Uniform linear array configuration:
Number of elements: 64
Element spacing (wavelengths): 0.75
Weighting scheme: blackman
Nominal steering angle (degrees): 0
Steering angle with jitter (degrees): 0.1562
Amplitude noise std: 0.05
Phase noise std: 0.05

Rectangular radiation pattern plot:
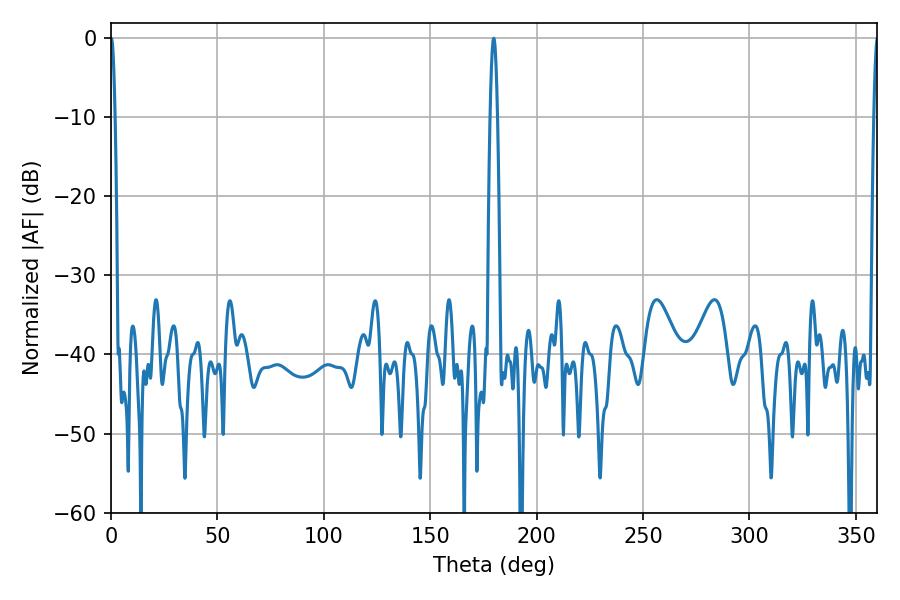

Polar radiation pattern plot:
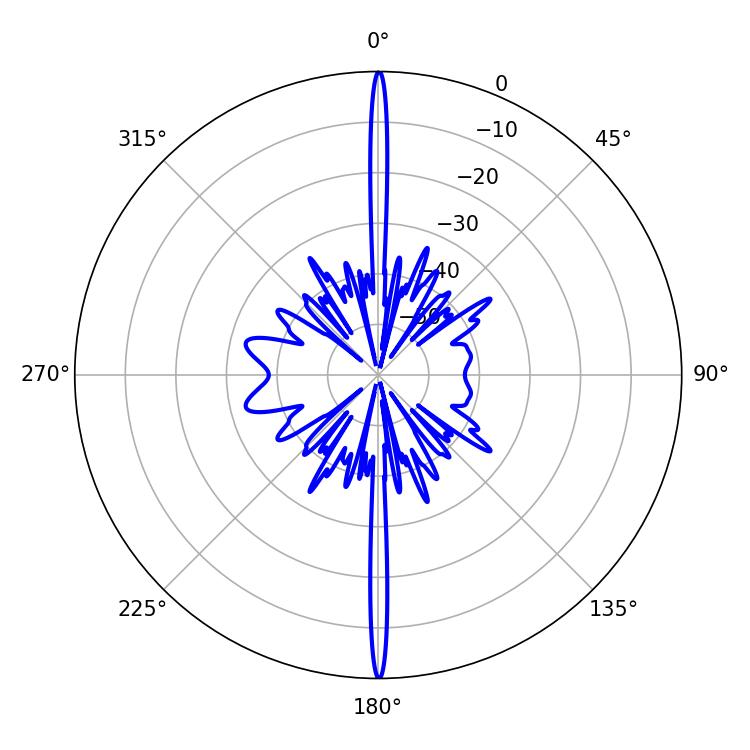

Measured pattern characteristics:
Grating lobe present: TRUE
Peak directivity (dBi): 44.588
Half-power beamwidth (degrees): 1.08
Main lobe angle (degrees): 0.18